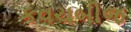
કવચબીજ